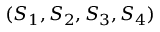
( S _ { 1 } , S _ { 2 } , S _ { 3 } , S _ { 4 } )